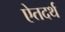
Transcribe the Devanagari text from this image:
ऐतदर्थ